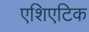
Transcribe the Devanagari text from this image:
एशिएटिक